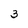
Character: 3